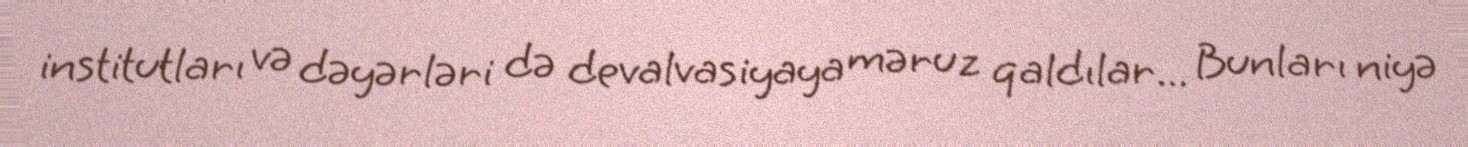
institutları və dəyərləri də devalvasiyaya məruz qaldılar... Bunları niyə